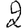
Digit: 2